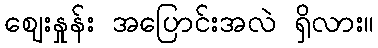
ဈေးနှုန်း အပြောင်းအလဲ ရှိလား။